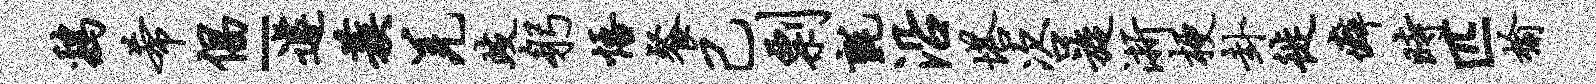
鸡希倡-遽蔟羌歧躬悟餐己剽毡沿塔咨旋浙梗卦徙癖时匹榆